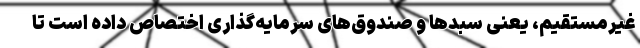
غیرمستقیم، یعنی سبدها و صندوق‌های سرمایه‌گذاری اختصاص داده است تا